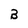
Character: B